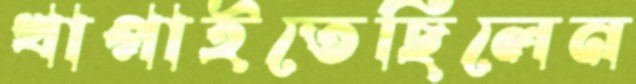
খাপাইতেছিলেন